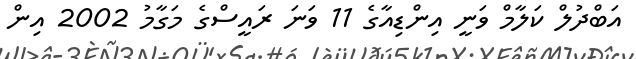
އަބްދުލް ކަލާމް ވަނީ އިންޑިއާގެ 11 ވަނަ ރައީސްގެ މަގާމު 2002 އިން